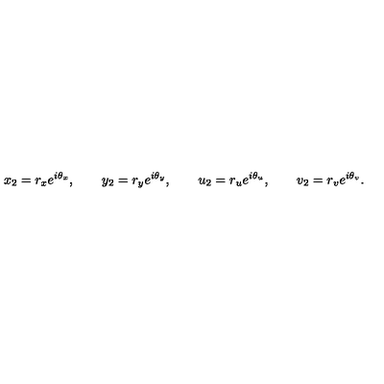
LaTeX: x _ { 2 } = r _ { x } e ^ { i \theta _ { x } } , \qquad y _ { 2 } = r _ { y } e ^ { i \theta _ { y } } , \qquad u _ { 2 } = r _ { u } e ^ { i \theta _ { u } } , \qquad v _ { 2 } = r _ { v } e ^ { i \theta _ { v } } .